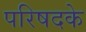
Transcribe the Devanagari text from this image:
परिषदके